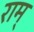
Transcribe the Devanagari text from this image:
राम्‌